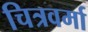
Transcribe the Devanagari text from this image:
चित्रवर्मा